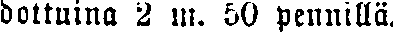
dottuina 2 m. 50 pennillä.